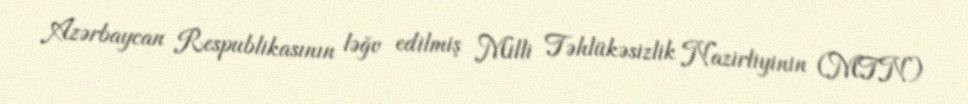
Azərbaycan Respublikasının ləğv edilmiş Milli Təhlükəsizlik Nazirliyinin (MTN)